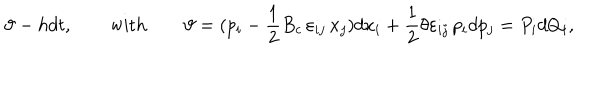
\vartheta - h d t , \qquad \mathrm { w i t h } \qquad \vartheta = ( p _ { i } - \frac { 1 } { 2 } { B _ { c } } \, \varepsilon _ { i j } \, x _ { j } ) d x _ { i } + \frac { 1 } { 2 } \theta \varepsilon _ { i j } \, p _ { i } d p _ { j } = P _ { i } d Q _ { i } ,